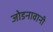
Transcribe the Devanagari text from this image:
जोडनावानी